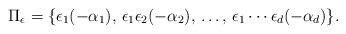
LaTeX: \begin{align*} \Pi_\epsilon = \{ \epsilon_1(-\alpha_1), \, \epsilon_1\epsilon_2(-\alpha_2),\,\ldots,\, \epsilon_1\cdots\epsilon_d(-\alpha_d) \}.\end{align*}